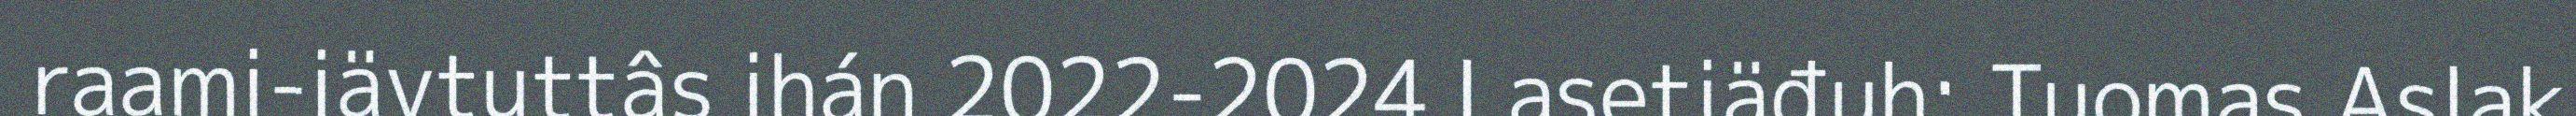
raami-iävtuttâs ihán 2022-2024 Lasetiäđuh: Tuomas Aslak